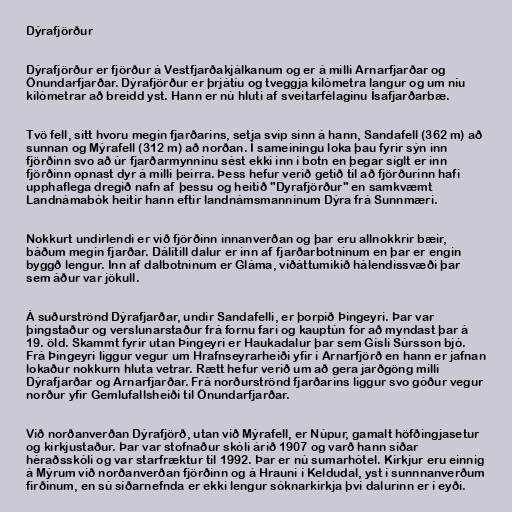
Dýrafjörður

Dýrafjörður er fjörður á Vestfjarðakjálkanum og er á milli Arnarfjarðar og
Önundarfjarðar. Dýrafjörður er þrjátíu og tveggja kílómetra langur og um níu
kílómetrar að breidd yst. Hann er nú hluti af sveitarfélaginu Ísafjarðarbæ.

Tvö fell, sitt hvoru megin fjarðarins, setja svip sinn á hann, Sandafell (362 m) að
sunnan og Mýrafell (312 m) að norðan. Í sameiningu loka þau fyrir sýn inn
fjörðinn svo að úr fjarðarmynninu sést ekki inn í botn en þegar siglt er inn
fjörðinn opnast dyr á milli þeirra. Þess hefur verið getið til að fjörðurinn hafi
upphaflega dregið nafn af þessu og heitið "Dyrafjörður" en samkvæmt
Landnámabók heitir hann eftir landnámsmanninum Dýra frá Sunnmæri.

Nokkurt undirlendi er við fjörðinn innanverðan og þar eru allnokkrir bæir,
báðum megin fjarðar. Dálítill dalur er inn af fjarðarbotninum en þar er engin
byggð lengur. Inn af dalbotninum er Gláma, víðáttumikið hálendissvæði þar
sem áður var jökull.

Á suðurströnd Dýrafjarðar, undir Sandafelli, er þorpið Þingeyri. Þar var
þingstaður og verslunarstaður frá fornu fari og kauptún fór að myndast þar á
19. öld. Skammt fyrir utan Þingeyri er Haukadalur þar sem Gísli Súrsson bjó.
Frá Þingeyri liggur vegur um Hrafnseyrarheiði yfir í Arnarfjörð en hann er jafnan
lokaður nokkurn hluta vetrar. Rætt hefur verið um að gera jarðgöng milli
Dýrafjarðar og Arnarfjarðar. Frá norðurströnd fjarðarins liggur svo góður vegur
norður yfir Gemlufallsheiði til Önundarfjarðar.

Við norðanverðan Dýrafjörð, utan við Mýrafell, er Núpur, gamalt höfðingjasetur
og kirkjustaður. Þar var stofnaður skóli árið 1907 og varð hann síðar
héraðsskóli og var starfræktur til 1992. Þar er nú sumarhótel. Kirkjur eru einnig
á Mýrum við norðanverðan fjörðinn og á Hrauni í Keldudal, yst í sunnnanverðum
firðinum, en sú síðarnefnda er ekki lengur sóknarkirkja því dalurinn er í eyði.